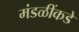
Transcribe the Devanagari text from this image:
मंडळींकडे